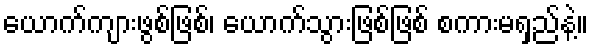
ယောက်ကျားဖွစ်ဖြစ်၊ ယောက်သွားဖြစ်ဖြစ် စကားမရှည်နဲ့။